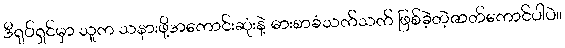
ဒီရုပ်ရှင်မှာ သူက သနားဖို့အကောင်းဆုံးနဲ့ ဓားစာခံသက်သက် ဖြစ်ခဲ့တဲ့ဇာတ်ကောင်ပါပဲ။